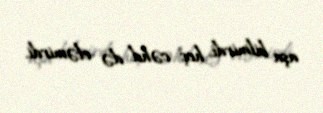
aşa bilmirdi, heç cəhd də eləmirdi.